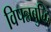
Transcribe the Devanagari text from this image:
विपन्नबुद्धि